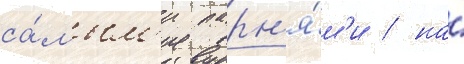
са́мым'и парн'я́м'и / на́